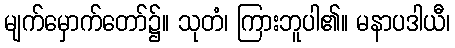
မျက်မှောက်တော်၌။ သုတံ၊ ကြားဘူပါ၏။ မနာပဒါယီ၊